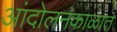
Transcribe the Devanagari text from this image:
आंदोलनकाळात